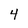
Character: 4